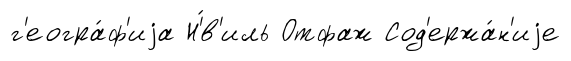
г'еогра́ф'иjа Н'́в'иль Отфаж Сод'ержа́н'иjе